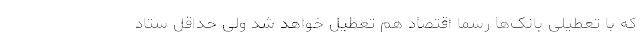
که با تعطیلی بانک‌ها رسماً اقتصاد هم تعطیل خواهد شد ولی حداقل ستاد